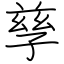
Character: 孳